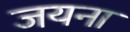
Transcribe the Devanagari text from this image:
जयना